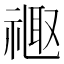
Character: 𫩉